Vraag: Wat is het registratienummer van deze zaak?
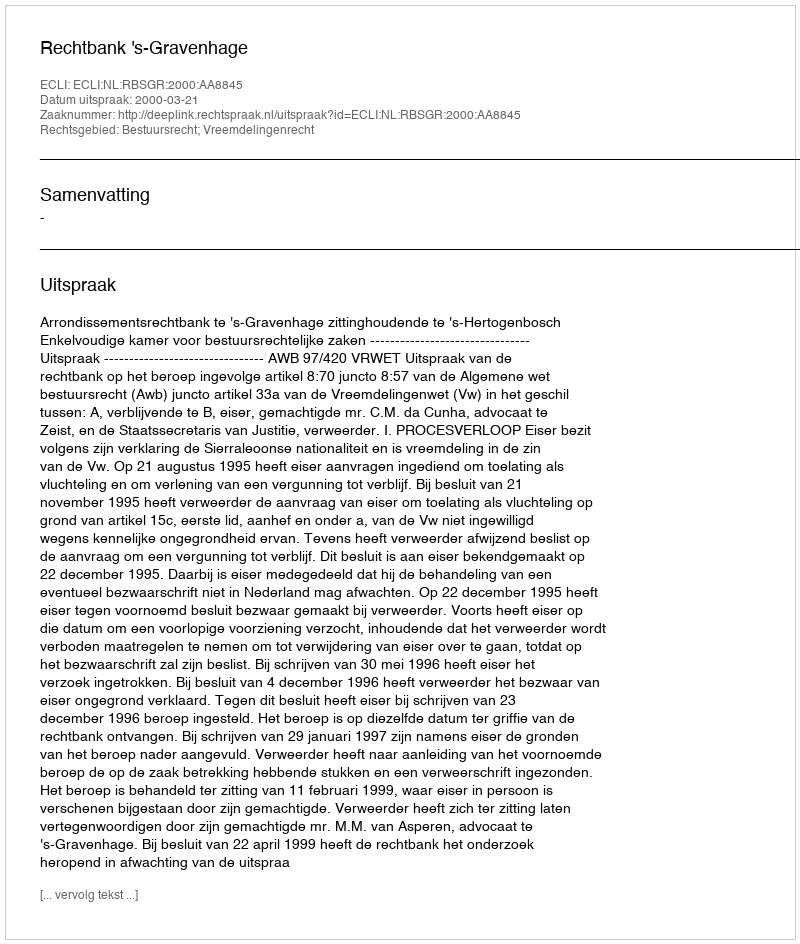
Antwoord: http://deeplink.rechtspraak.nl/uitspraak?id=ECLI:NL:RBSGR:2000:AA8845